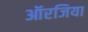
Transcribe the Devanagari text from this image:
ऑरजिया